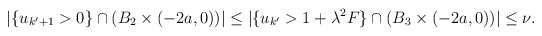
\begin{align*} \begin{aligned} |\{u_{k'+1}>0\}\cap (B_2\times(-2a,0))|\leq |\{u_{k'}>1+\lambda^2F\}\cap(B_3\times(-2a,0))|\leq \nu.\\ \end{aligned} \end{align*}